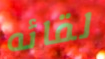
لقائه